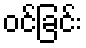
ဝင်ခြင်း